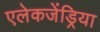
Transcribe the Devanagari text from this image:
एलेकजेंड्रिया